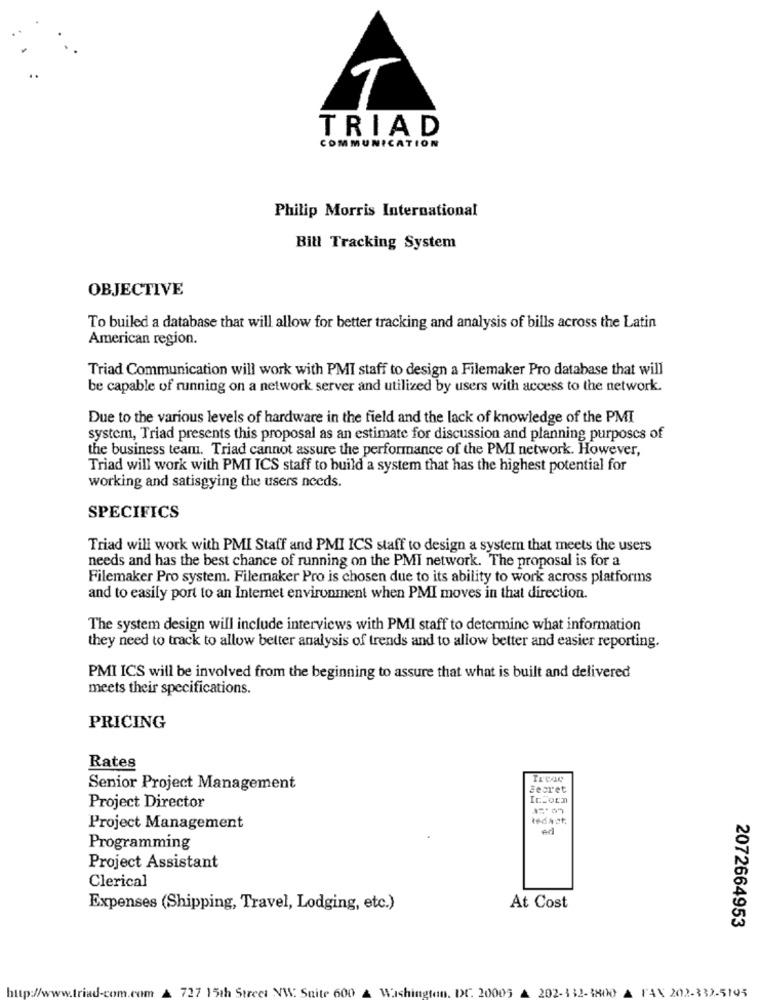
T
TRIAD
COMMUNICATION
Philip Morris International
Bill Tracking System
OBJECTIVE
To builed a database that will allow for better tracking and analysis of bills across the Latin
American region.
Triad Communication will work with PMI staff to design a Filemaker Pro database that will
be capable of running on a network server and utilized by users with access to the network.
Due to the various levels of hardware in the field and the lack of knowledge of the PMI
system, Triad presents this proposal as an estimate for discussion and planning purposes of
the business team. Triad cannot assure the performance of the PMI network. However,
Triad will work with PMI ICS staff to build a system that has the highest potential for
working and satisgying the users needs.
SPECIFICS
Triad will work with PMI Staff and PMI ICS staff to design a system that meets the users
needs and has the best chance of running on the PMI network. The proposal is for a
Filemaker Pro system. Filemaker Pro is chosen due to its ability to work across platforms
and to easily port to an Internet environment when PMI moves in that direction.
The system design will include interviews with PMI staff to determine what information
they need to track to allow better analysis of trends and to allow better and easier reporting.
PMI ICS will be involved from the beginning to assure that what is built and delivered
meets their specifications.
PRICING
Rates
Senior Project Management
Secret
IcZorn
Project Director
Project Management
Ad
Programming
Project Assistant
Clerical
Expenses (Shipping, Travel, Lodging, etc.)
At Cost
2072664953
727 15th Street NW. Suite 600
Wishing
an. DC. 20005
202-332-3800 A FAX 202-332-5195